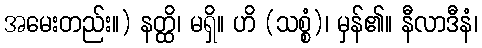
အမေးတည်း။) နတ္ထိ၊ မရှိ။ ဟိ (သစ္စံ)၊ မှန်၏။ နီလာဒီနံ၊